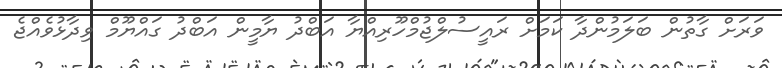
ވަރަށް ގާތުން ބަލަމުންދާ ކަމަށް ރައީސުލްޖުމްހޫރިއްޔާ އަބްދު ޔާމީން އަބްދު ގައްޔޫމް ވިދާޅުވެއްޖެ